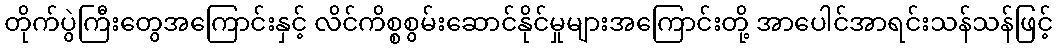
တိုက်ပွဲကြီးတွေအကြောင်းနှင့် လိင်ကိစ္စစွမ်းဆောင်နိုင်မှုများအကြောင်းတို့ အာပေါင်အာရင်းသန်သန်ဖြင့်